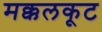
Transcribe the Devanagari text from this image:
मक्कलकूट